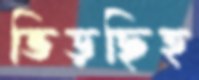
ভিড়ছিহ